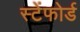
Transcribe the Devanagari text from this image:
स्टेंफोर्ड